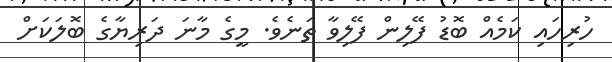
ހުރިހައި ކަމެއް ބޮޑު ފޭލިން ފޭލިވާ ތަނެވެ. މީގެ މާނަ ދަރިޔާގެ ބޮލަކަށް